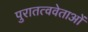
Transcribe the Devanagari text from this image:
पुरातत्ववेताओं